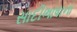
સાદીભાષાના